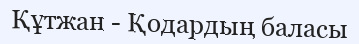
Құтжан - Қодардың баласы